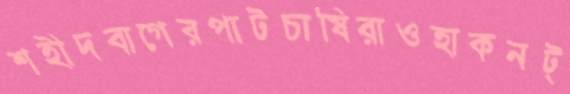
শহীদবাগেরপাটচাষিরাওহাকনট্